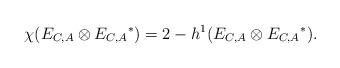
LaTeX: \begin{align*} \chi(E_{C, A} \otimes {E_{C, A}}^*) = 2 -h^1(E_{C, A} \otimes {E_{C, A}}^*). \end{align*}